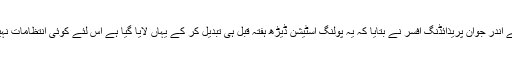
بوتھ کے اندر جوان پریذائڈنگ افسر نے بتایا کہ یہ پولنگ اسٹیشن ڈیڑھ ہفتہ قبل ہی تبدیل کر کے یہاں لایا گیا ہے اس لئے کوئی انتظامات نہیں ہیں ۔